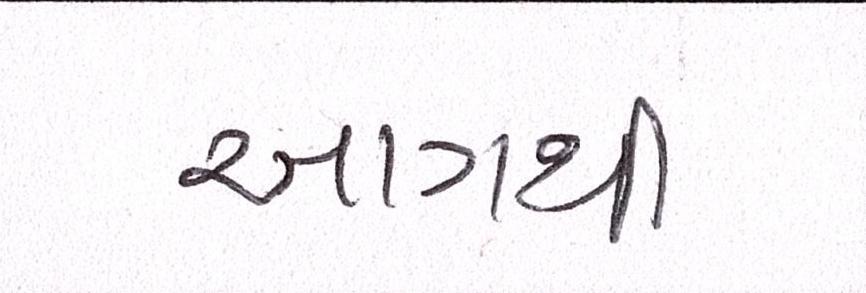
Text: આગથી